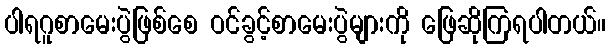
ပါရဂူစာမေးပွဲဖြစ်စေ ဝင်ခွင့်စာမေးပွဲများကို ဖြေဆိုကြရပါတယ်။